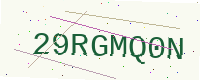
Text: 29RGMQ0N